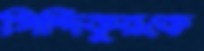
সিদ্দিকুরকে